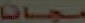
مجانا